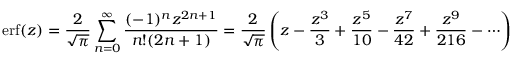
\operatorname { e r f } ( z ) = { \frac { 2 } { \sqrt { \pi } } } \sum _ { n = 0 } ^ { \infty } { \frac { ( - 1 ) ^ { n } z ^ { 2 n + 1 } } { n ! ( 2 n + 1 ) } } = { \frac { 2 } { \sqrt { \pi } } } \left( z - { \frac { z ^ { 3 } } { 3 } } + { \frac { z ^ { 5 } } { 1 0 } } - { \frac { z ^ { 7 } } { 4 2 } } + { \frac { z ^ { 9 } } { 2 1 6 } } - \cdots \right)